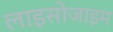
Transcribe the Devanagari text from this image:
लाइसोजाइम